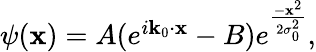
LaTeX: \begin{array}{r}{\psi(\mathbf{x})=A(e^{i\mathbf{k}_{0}\cdot\mathbf{x}}-B)e^{\frac{-\mathbf{x}^{2}}{2\sigma_{0}^{2}}},}\end{array}